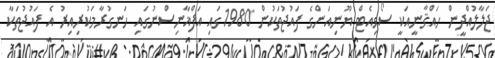
ޖަލާލުއްދީން ހައްޤާނީއަކީ ސޯވިއެޓް ޔޫނިއަންގެ ފައުޖުތަކުން 1980ގައި އަފްޣާނިސްނުގައި ހަނގުރާމަކުރިއިރު އެ ފައުޖުތަކާ